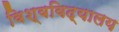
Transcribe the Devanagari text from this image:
विश्‍वविद्यालय